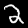
Label: 2